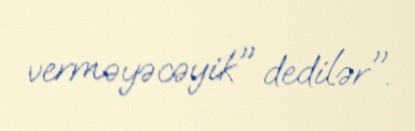
verməyəcəyik" dedilər".